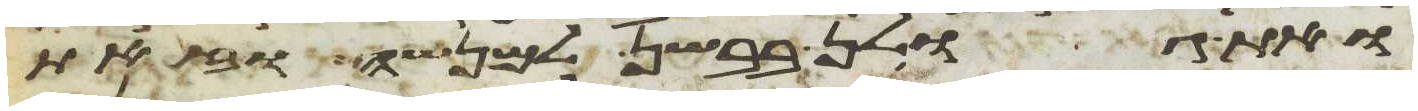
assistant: ואת גולן בבשן למנשה וזאת